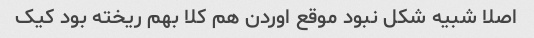
اصلا شبیه شکل نبود موقع اوردن هم کلا بهم ریخته بود کیک